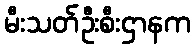
မီးသတ်ဦးစီးဌာနက